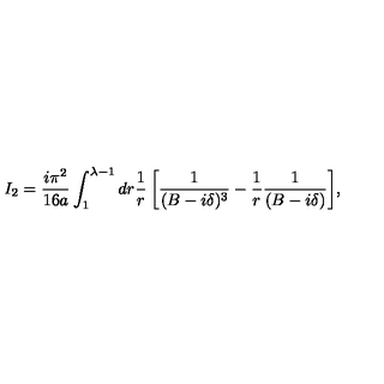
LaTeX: I _ { 2 } = { \frac { i \pi ^ { 2 } } { 1 6 a } } \int _ { 1 } ^ { \lambda - 1 } { d r { \frac { 1 } { r } } \left[ { \frac { 1 } { ( B - i \delta ) ^ { 3 } } } - { \frac { 1 } { r } } { \frac { 1 } { ( B - i \delta ) } } \right] } ,